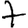
Digit: 7